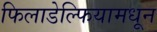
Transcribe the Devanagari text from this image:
फिलाडेल्फियामधून